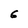
Character: 6